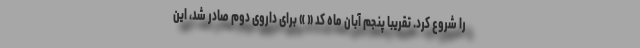
را شروع کرد. تقریبا پنجم آبان ماه کد « » برای داروی دوم صادر شد، این